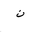
Letter: _non